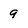
Character: 9